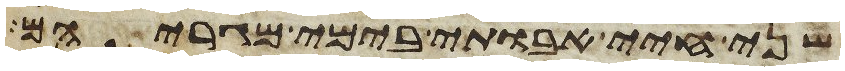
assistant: שני חיי אבותי בימי מגריהם